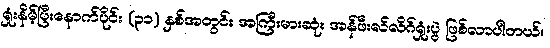
ရှုံးနိမ့်ပြီးနောက်ပိုင်း (၃၁) နှစ်အတွင်း အကြီးမားဆုံး အန်ဖီးလ်လိဂ်ရှုံးပွဲ ဖြစ်လာပါတယ်။